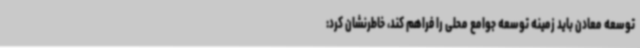
توسعه معادن باید زمینه توسعه جوامع محلی را فراهم کند، خاطرنشان کرد: